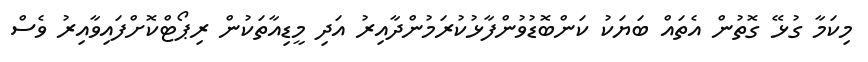
މިކަމާ ގުޅޭ ގޮތުން އެތައް ބަޔަކު ކަންބޮޑުވުންފާޅުކުރަމުންދާއިރު އަދި މީޑިއާތަކުން ރިޕޯޓްކޮށްފައިވާއިރު ވެސް